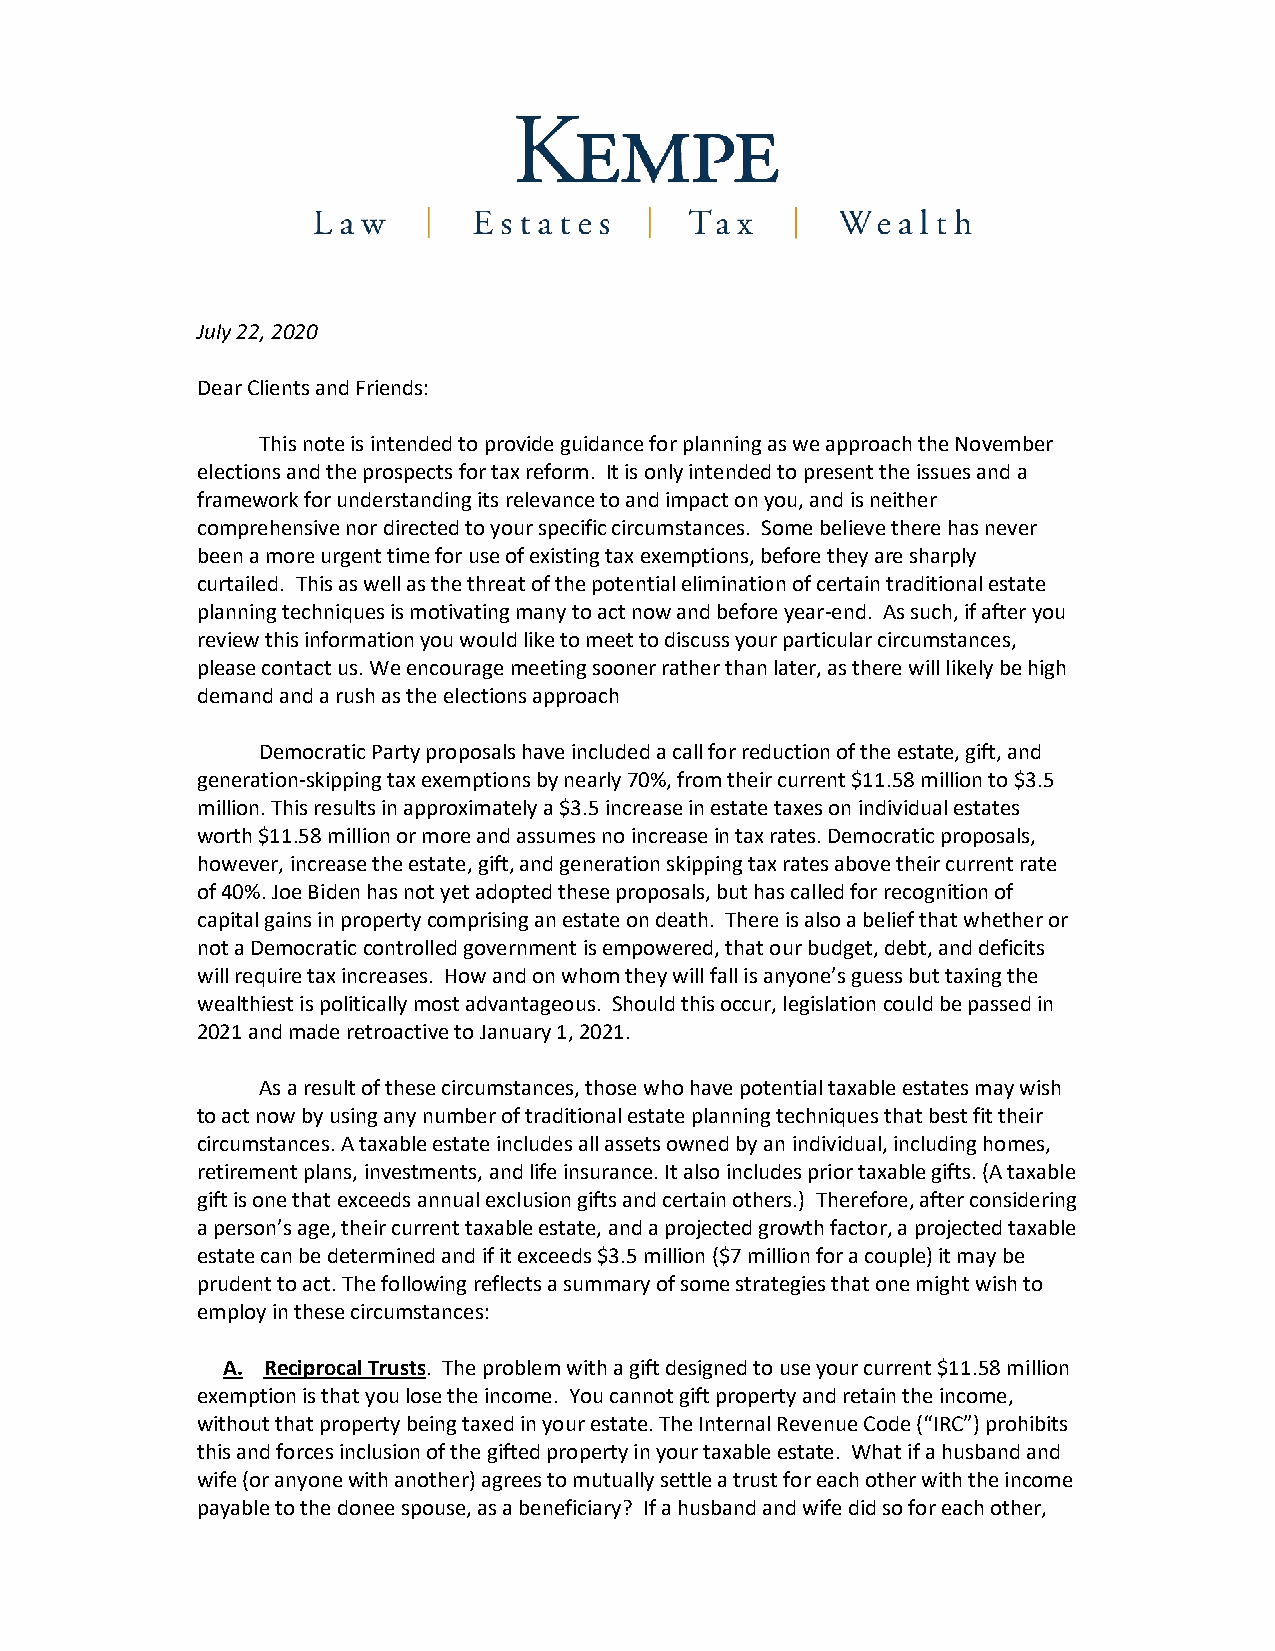
July 22, 2020
 Dear Clients and Friends:
 This note is intended to provide guidance for planning as we approach the November
 elections and the prospects for tax reform. It is only intended to present the issues and a
 framework for understanding its relevance to and impact on you, and is neither
 comprehensive nor directed to your specific circumstances. Some believe there has never
 been a more urgent time for use of existing tax exemptions, before they are sharply
 curtailed. This as well as the threat of the potential elimination of certain traditional estate
 planning techniques is motivating many to act now and before year-end. As such, if after you
 review this information you would like to meet to discuss your particular circumstances,
 please contact us. We encourage meeting sooner rather than later, as there will likely be high
 demand and a rush as the elections approach
 Democratic Party proposals have included a call for reduction of the estate, gift, and
 generation-skipping tax exemptions by nearly 70%, from their current $11.58 million to $3.5
 million. This results in approximately a $3.5 increase in estate taxes on individual estates
 worth $11.58 million or more and assumes no increase in tax rates. Democratic proposals,
 however, increase the estate, gift, and generation skipping tax rates above their current rate
 of 40%. Joe Biden has not yet adopted these proposals, but has called for recognition of
 capital gains in property comprising an estate on death. There is also a belief that whether or
 not a Democratic controlled government is empowered, that our budget, debt, and deficits
 will require tax increases. How and on whom they will fall is anyone’s guess but taxing the
 wealthiest is politically most advantageous. Should this occur, legislation could be passed in
 2021 and made retroactive to January 1, 2021.
 As a result of these circumstances, those who have potential taxable estates may wish
 to act now by using any number of traditional estate planning techniques that best fit their
 circumstances. A taxable estate includes all assets owned by an individual, including homes,
 retirement plans, investments, and life insurance. It also includes prior taxable gifts. (A taxable
 gift is one that exceeds annual exclusion gifts and certain others.) Therefore, after considering
 a person’s age, their current taxable estate, and a projected growth factor, a projected taxable
 estate can be determined and if it exceeds $3.5 million ($7 million for a couple) it may be
 prudent to act. The following reflects a summary of some strategies that one might wish to
 employ in these circumstances:
 A. Reciprocal Trusts. The problem with a gift designed to use your current $11.58 million
 exemption is that you lose the income. You cannot gift property and retain the income,
 without that property being taxed in your estate. The Internal Revenue Code (“IRC”) prohibits
 this and forces inclusion of the gifted property in your taxable estate. What if a husband and
 wife (or anyone with another) agrees to mutually settle a trust for each other with the income
 payable to the donee spouse, as a beneficiary? If a husband and wife did so for each other,